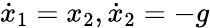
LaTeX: {\dot{x}}_{1}=x_{2},{\dot{x}}_{2}=-g